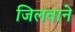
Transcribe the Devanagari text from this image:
जिलवाने